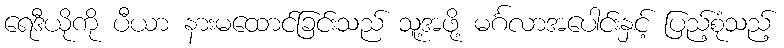
ရေဒီယိုကို ပီယာ နားမထောင်ခြင်းသည် သူ့အဖို့ မင်္ဂလာအပေါင်းနှင့် ပြည့်စုံသည့်